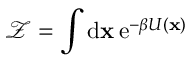
\mathcal { Z } = \int \operatorname { d \mathbf { x } } \operatorname { e } ^ { - \beta U ( \mathbf { x } ) }